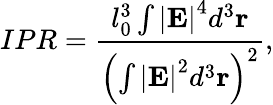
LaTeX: IPR=\frac{l_{0}^{3}\int\left\vert\mathbf{E}\right\vert^{4}d^{3}\mathbf{r}}{\left(\int\left\vert\mathbf{E}\right\vert^{2}d^{3}\mathbf{r}\right)^{2}},